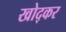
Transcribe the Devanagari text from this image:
खोद्कर